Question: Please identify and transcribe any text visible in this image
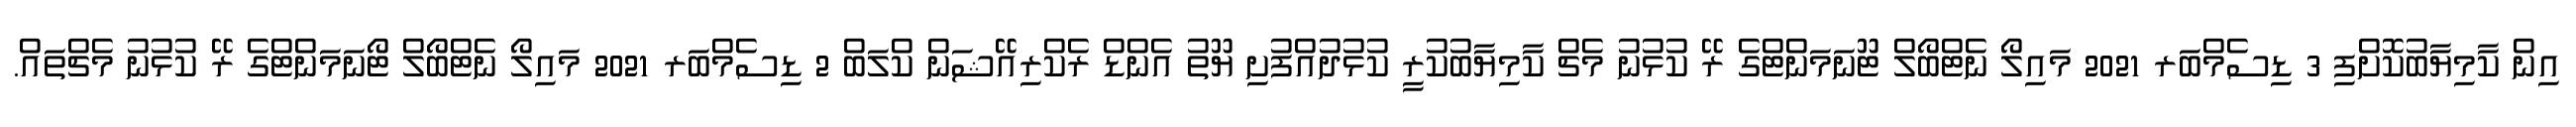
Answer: އިން ކާމިޔާބުކޮށްފި 3 ޑިސެމްބަރ 2021 މައިލޯ ނެޓްބޯލް ޓޫނަމަންޓްގެ ރޭ ކުޅުނު މެޗް ކާމިޔާބުކުރީ ކުޅުދުއްފުށި ޔޫތު އެންޑް ރެކްރިއޭޝަން ކްލަބް 2 ޑިސެމްބަރ 2021 މައިލޯ ނެޓްބޯލް ޓޯނަމަންޓްގެ ރޭ ކުޅުނު މެޗްތައް.